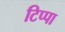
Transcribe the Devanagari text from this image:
टिप्पा